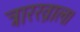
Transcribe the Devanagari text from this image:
त्रारख़ाल।